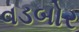
વડબોર